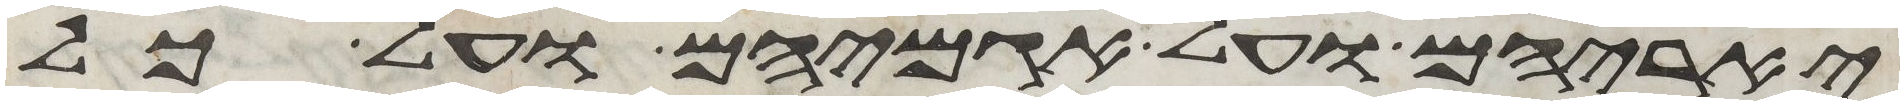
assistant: יאריהם ועל אגמיהם ועל כל